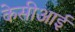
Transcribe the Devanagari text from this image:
केसीआई